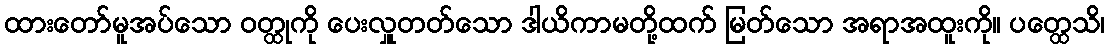
ထားတော်မူအပ်သော ဝတ္ထုကို ပေးလှူတတ်သော ဒါယိကာမတို့ထက် မြတ်သော အရာအထူးကို။ ပတ္ထေသိ၊